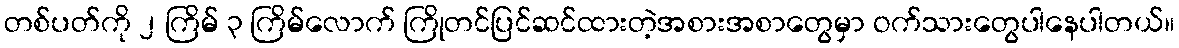
တစ်ပတ်ကို ၂ ကြိမ် ၃ ကြိမ်လောက် ကြိုတင်ပြင်ဆင်ထားတဲ့အစားအစာတွေမှာ ဝက်သားတွေပါနေပါတယ်။